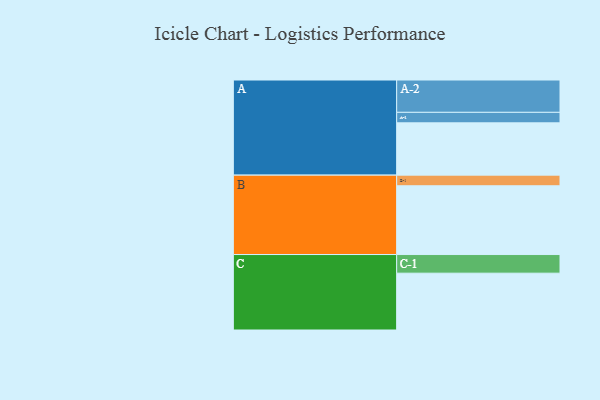
{"axis": {"x": "Segment", "y": "Value"}, "legend": ["", "A", "B", "C"], "data": [{"x": "A", "y": 359, "type": ""}, {"x": "B", "y": 472, "type": ""}, {"x": "C", "y": 390, "type": ""}, {"x": "A-1", "y": 72, "type": "A"}, {"x": "A-2", "y": 222, "type": "A"}, {"x": "B-1", "y": 73, "type": "B"}, {"x": "C-1", "y": 128, "type": "C"}]}